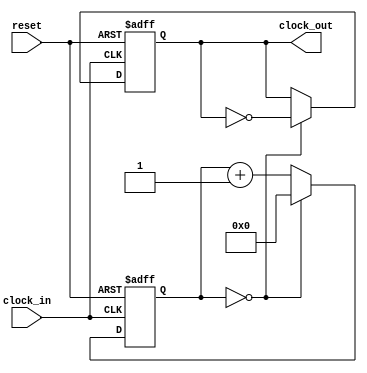
///////////////////////////////////////////////////////////////////////////////////////////////////
// Company: <Name>
//
// File history:
//      <Revision number>: <Date>: <Comments>
//      <Revision number>: <Date>: <Comments>
//      <Revision number>: <Date>: <Comments>
//
// Description: 
//
// <Description here>
//
// Targeted device: <Family::IGLOO> <Die::AGLN250V2> <Package::100 VQFP>
//
/////////////////////////////////////////////////////////////////////////////////////////////////// 
//`timescale <time_units> / <precision>

module clock_divider( clock_in, reset, clock_out );
input clock_in, reset;
output reg clock_out;

reg[7:0] counter;

always @(posedge clock_in or negedge reset)
begin
    if (!reset)
    begin
        counter <= 8'h00;
        clock_out <= 1'h0;
    end
    else
    begin
        if (counter==8'h00)
        begin
            counter <= 0;
            clock_out <= ~clock_out;
        end
        else        
        begin
            counter <= counter+1;
            clock_out <= clock_out;
        end
    end
end

endmodule